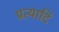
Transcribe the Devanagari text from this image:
प्रत्यादि